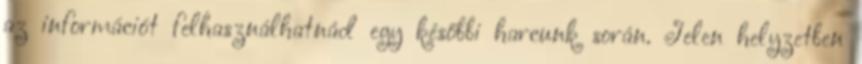
az információt felhasználhatnád egy későbbi harcunk során. Jelen helyzetben